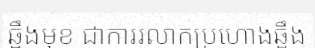
ឆ្អឹងមុខ ជាការរលាកប្រហោងឆ្អឹង